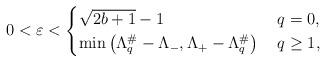
LaTeX: \begin{align*}0 < \varepsilon < \begin{cases} \sqrt{2b + 1} - 1 & \: q = 0, \\ \min \big( \Lambda_q^\# - \Lambda_-,\Lambda_+ - \Lambda_q^\# \big) & \: q \ge 1,\end{cases}\end{align*}